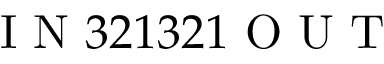
\mathrm { ~ I ~ N ~ } 3 2 1 3 2 1 \mathrm { ~ O ~ U ~ T ~ }